Civil Veterinary Department Bihar reports 1936-40 - 1936-1940
Year: 1936
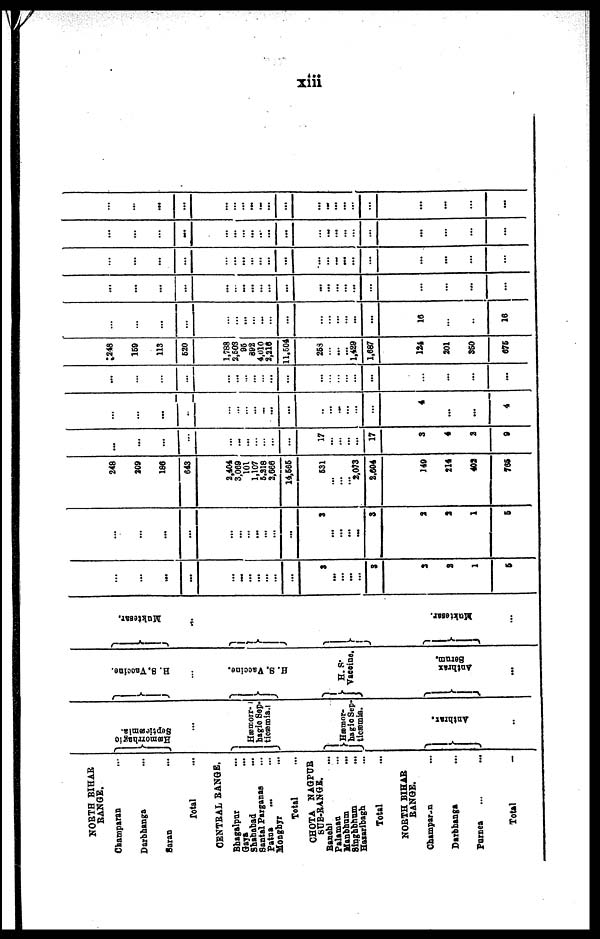
xiii
NORTH BIHAR
RANGE.
Champaran ...
Darbhanga ...
Saran ...
Total ...
CENTRAL RANGE.
Bhagalpur ...
Gaya ...
Shahbad ...
Santal Parganas ...
Patna ... ...
Monghyi ...
Total ...
CHOTA NAGPUR
SUB-RANGE.
Banehl ...
Palaman ...
Menbham ...
Singhbhum ...
Hasaribagh ...
Total ...
NORTH BIHAR
RANGE.
Champarun ...
Darbhanga ...
Purnea ... ...
Total —
Hæmorrhagio
Septieæmia.
...
Hæmorr-
hagic Sep-
tioæmia.
Hæmor-
hagio Sep-
ticæmia.
Anthrax.
..
H.
S. Vaccine.
...
H. S. Vaccine.
H. S.
Vaccine.
Anthrax
Se r
um.
...
Muktesar.
...
Muktesar.
...
...
...
...
...
...
...
...
...
...
...
...
3
...
...
... ...
3
2
2
1
5
...
...
...
...
...
...
...
...
...
...
...
3
...
...
... ...
3
2
2
1
5
248
209
186
643
2,404
3,069
101
1,107
6,318
2,666
14,685
531
...
...
... 2,073
2,604
149
214
403
765
...
...
...
...
...
...
...
...
...
...
...
17
...
...
... ...
17
3
4
2
9
...
...
...
...
...
...
...
...
...
...
...
...
...
...
... ...
...
4
...
...
4
...
...
...
...
...
...
...
...
...
...
...
...
...
...
... ...
...
...
...
...
...
248
159
113
520
1,788
3,503
95
892
4,010
3,216
11,504
263
...
...
... 1,429
1,687
124
201
350
675
...
...
...
...
...
... ...
... ...
...
...
...
...
...
... ...
...
16
...
...
16
...
...
...
...
...
...
...
...
...
...
...
...
...
...
... ...
...
...
...
...
...
...
...
...
...
...
...
...
...
...
...
...
...
...
...
...
...
...
... ...
...
...
...
...
...
...
...
...
...
...
...
...
...
...
...
...
... ...
...
...
...
...
...
...
...
...
...
...
...
...
...
...
...
...
...
...
...
... ...
...
...
...
...
...